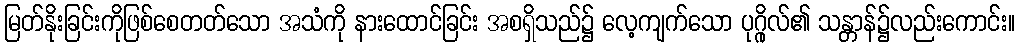
မြတ်နိုးခြင်းကိုဖြစ်စေတတ်သော အသံကို နားထောင်ခြင်း အစရှိသည်၌ လေ့ကျက်သော ပုဂ္ဂိုလ်၏ သန္တာန်၌လည်းကောင်း။